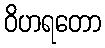
ဝိဟရတော